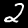
Digit: 2